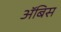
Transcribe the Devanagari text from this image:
ॲबिस